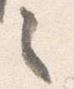
之